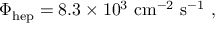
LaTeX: \Phi _ { \mathrm { h e p } } = 8 . 3 \times 1 0 ^ { 3 } \mathrm { \ c m } ^ { - 2 } \mathrm { \ s } ^ { - 1 } \ ,